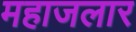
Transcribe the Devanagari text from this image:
महाजलार